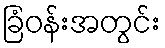
ခြံဝန်းအတွင်း